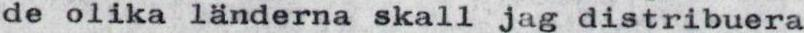
de olika länderna skall jag distribuera